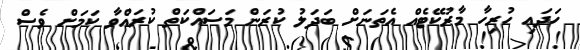
ހަދައި ހުރިހާ މާރުކޭޓެއް އެތަނަށް ބަދަލު ކުރަން މަސައްކަތް ކުރައްވާ ކަމަށް ވެސް